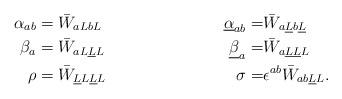
LaTeX: \begin{align*}{\alpha}_{ab} &=\bar W_{aLbL} \ & \underline{\alpha}_{ab} =& \bar W_{a\underline{L} b\underline{L}} \\ \beta_a & =\bar W_{a L\underline{L}L} \ & \underline{\beta}_a=&\bar W_{a\underline{L}\underline{L} L} \\ \rho&=\bar W_{\underline{L}L\underline{L}L} \ & \sigma = &\epsilon^{ab}\bar W_{ab\underline{L}L}. \end{align*}